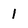
Character: 1